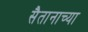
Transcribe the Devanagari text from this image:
सैतानाच्या